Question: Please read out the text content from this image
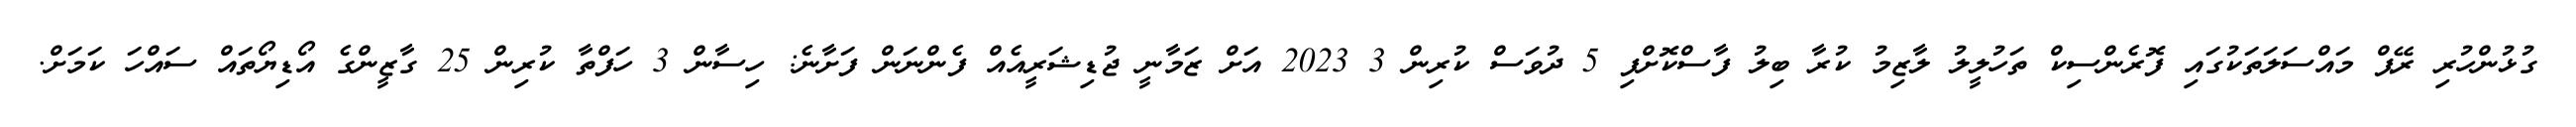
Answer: ގުޅުންހުރި ރޭޕް މައްސަލަތަކުގައި ފޮރެންސިކް ތަހުލީލު ލާޒިމު ކުރާ ބިލު ފާސްކޮށްފި 5 ދުވަސް ކުރިން 3 2023 އަށް ޒަމާނީ ޖުޑިޝަރީއެއް ފެންނަން ފަށާނެ: ހިސާން 3 ހަފްތާ ކުރިން 25 ގާޒީންގެ އޯޑިޔޯތައް ސައްހަ ކަމަށް.